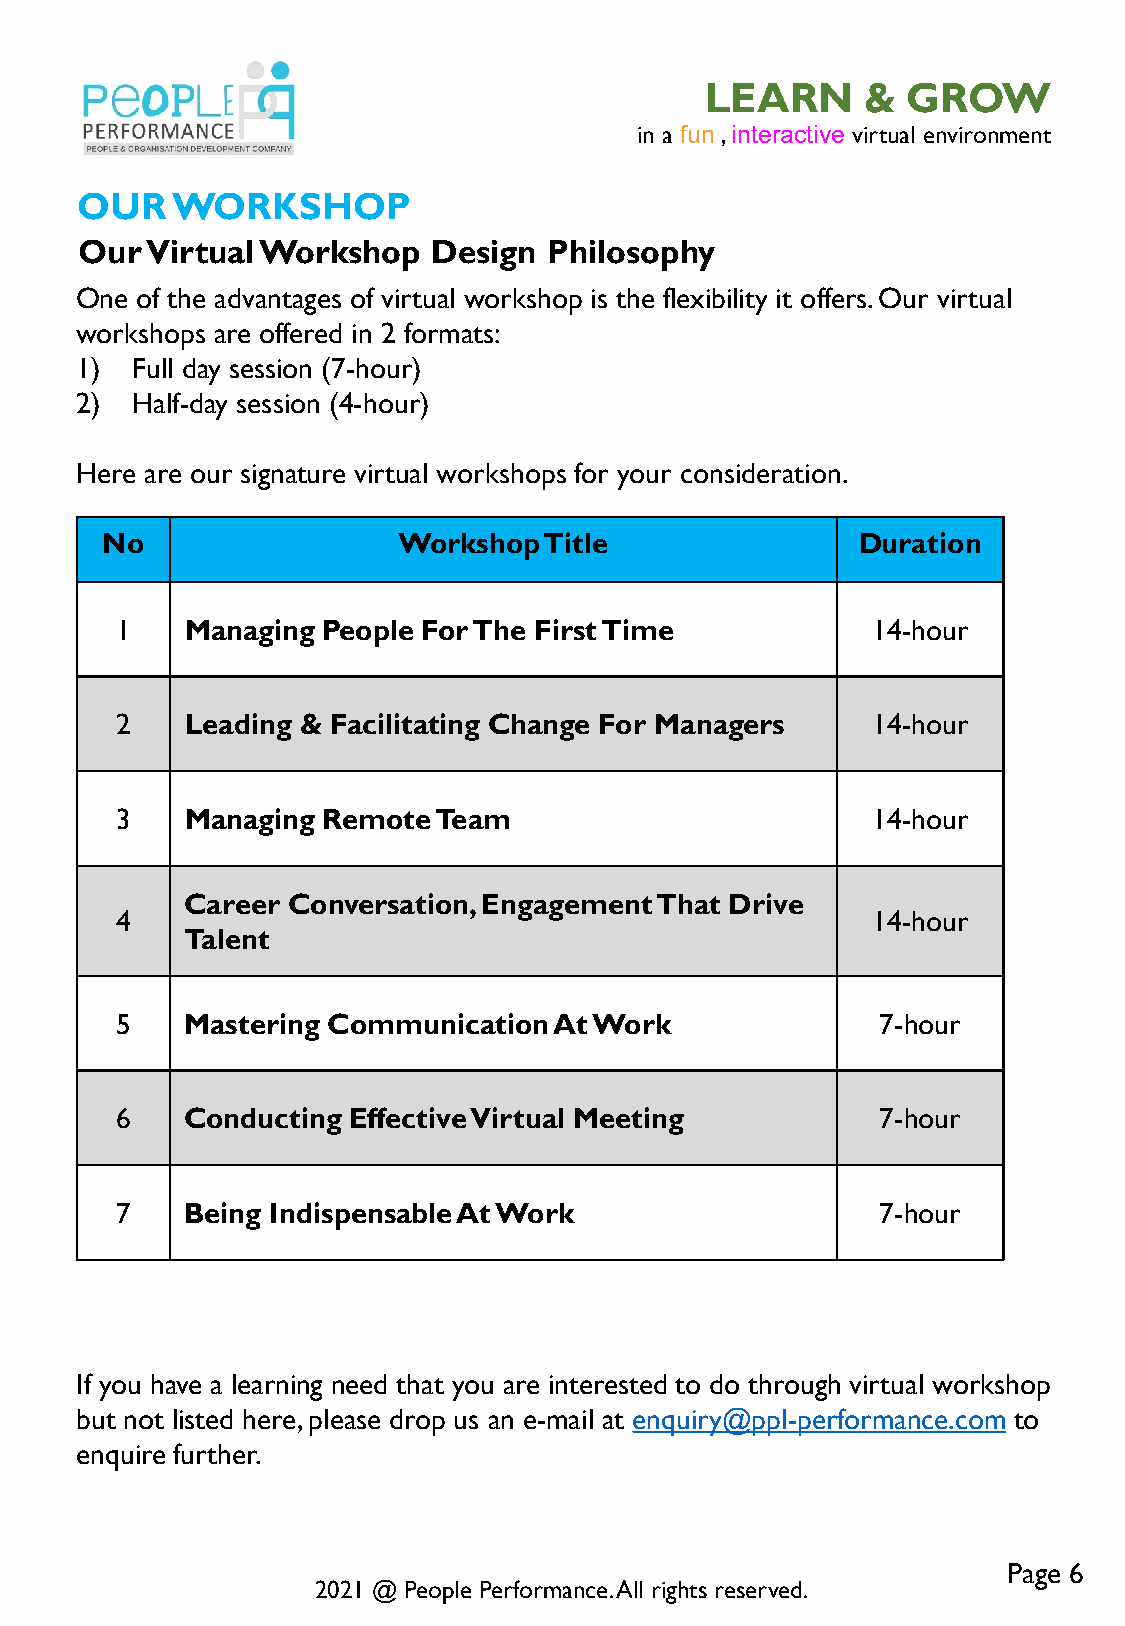
LEARN     &  GROW
 in a fun , interactive virtual environment
 OUR   WORKSHOP
 Our  Virtual Workshop   Design Philosophy
 One of the advantages of virtual workshop is the flexibility it offers. Our virtual
 workshops are offered in 2 formats:
 1)  Full day session (7-hour)
 2)  Half-day session (4-hour)
 Here are our signature virtual workshops for your consideration.
 No                 Workshop  Title                Duration
 1   Managing People For The First Time            14-hour
 2   Leading & Facilitating Change For Managers    14-hour
 3   Managing Remote  Team                         14-hour
 Career Conversation, Engagement That Drive
 4                                                 14-hour
 Talent
 5   Mastering Communication  At Work              7-hour
 6   Conducting Effective Virtual Meeting          7-hour
 7   Being Indispensable At Work                   7-hour
 If you have a learning need that you are interested to do through virtual workshop
 but not listed here, please drop us an e-mail at enquiry@ppl-performance.com to
 enquire further.
 Page 6
 2021 @ People Performance. All rights reserved.